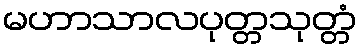
မဟာသာလပုတ္တသုတ္တံ